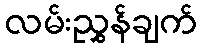
လမ်းညွှန်ချက်